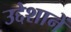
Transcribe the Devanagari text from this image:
उद्देशानें